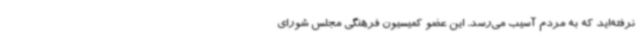
نرفته‌اید که به مردم آسیب می‌رسد. این عضو کمیسیون فرهنگی مجلس شورای